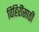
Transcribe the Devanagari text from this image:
विहिरींसाठी